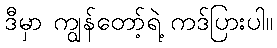
ဒီမှာ ကျွန်တော့်ရဲ့ ကဒ်ပြားပါ။